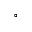
^ \circ